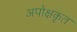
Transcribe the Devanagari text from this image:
अपोक्षकृत